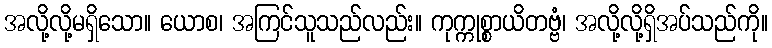
အလို့လို့မရှိသော။ ယောစ၊ အကြင်သူသည်လည်း။ ကုက္ကုစ္စာယိတဗ္ဗံ၊ အလို့လို့ရှိအပ်သည်ကို။